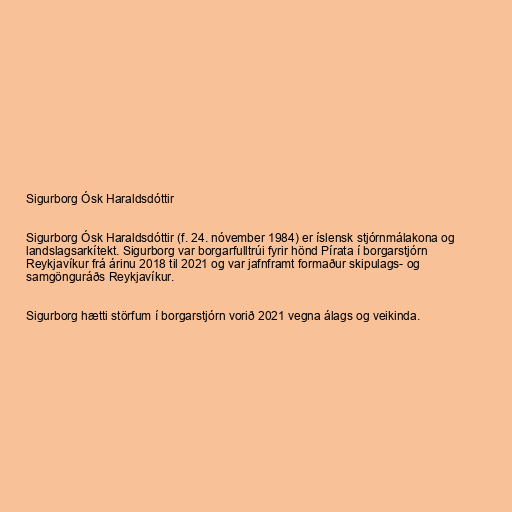
Sigurborg Ósk Haraldsdóttir

Sigurborg Ósk Haraldsdóttir (f. 24. nóvember 1984) er íslensk stjórnmálakona og
landslagsarkítekt. Sigurborg var borgarfulltrúi fyrir hönd Pírata í borgarstjórn
Reykjavíkur frá árinu 2018 til 2021 og var jafnframt formaður skipulags- og
samgönguráðs Reykjavíkur.

Sigurborg hætti störfum í borgarstjórn vorið 2021 vegna álags og veikinda.